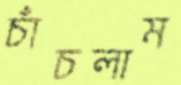
চাঁচলাম